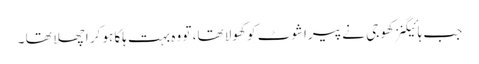
جب ہائیگنز کھوجی نے پیراشوٹ کو کھولا تھا، تو وہ بہت ہلکا ہو کر اچھلا تھا ۔